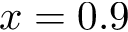
x = 0 . 9